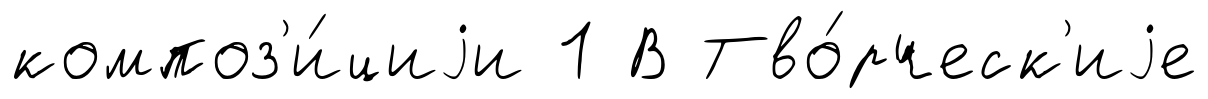
композ'и́циjи 1 В Тво́рческ'иjе